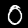
Label: 0